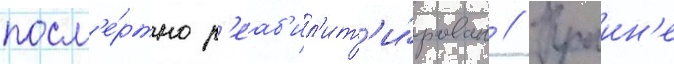
посм'е́ртно р'еаб'ил'ит'и́рован // Краин'е